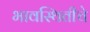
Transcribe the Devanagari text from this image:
भावस्थितीचे